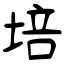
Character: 培